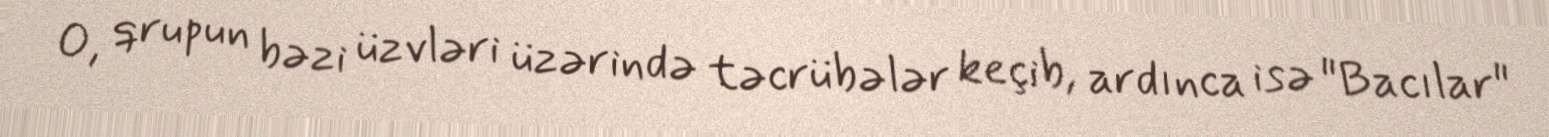
O, qrupun bəzi üzvləri üzərində təcrübələr keçib, ardınca isə "Bacılar"